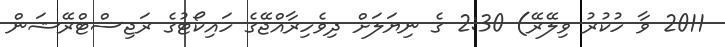
2011 ވާ ހުކުރު ވިލޭރޭ) 2:30 ގެ ނިޔަލަށް ދިވެހިރާއްޖޭގެ ހައިކޯޓުގެ ރަޖިސްޓްރޭޝަން